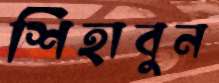
শিহাবুন